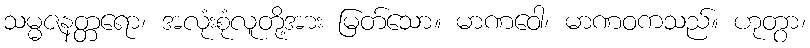
သမ္မဇနတ္တရော၊ အလုံးစုံလူတို့အား မြတ်သော။ မာဏဝေါ၊ မာဏဝကသည်။ ဟုတွာ၊